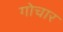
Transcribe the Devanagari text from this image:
गोचार